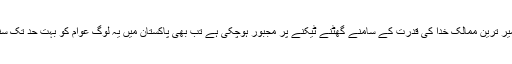
آج جب دنیا کے امیر ترین ممالک خدا کی قدرت کے سامنے گھٹنے ٹیکنے پر مجبور ہوچکی ہے تب بھی پاکستان میں یہ لوگ عوام کو بہت حد تک سنبھالے ہوئے ہیں ۔